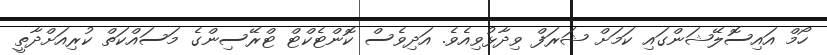
ހޯމް އައިސޮލޭޝަންގައި ކަމަށް ޝަރަފް ވިދާޅުވިއެވެ. އަދިވެސް ކޮންޓެކްޓް ޓްރޭސިންގެ މަސައްކަތް ކުރިއަށްދާތީ